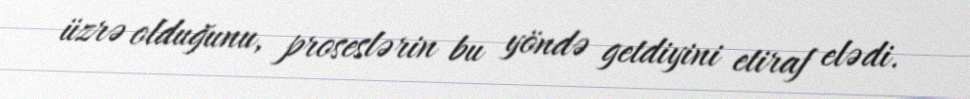
üzrə olduğunu, proseslərin bu yöndə getdiyini etiraf elədi.